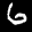
Label: 6